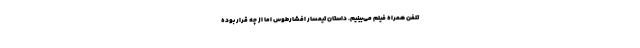
تلفن همراه فیلم می‌بینیم. داستان تیمسار افشارطوس اما از چه قرار بوده